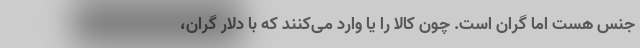
جنس هست اما گران است. چون کالا را یا وارد می‌کنند که با دلار گران،